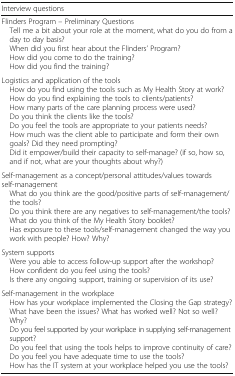
| Interview questions |
 | --- |
 | Flinders Program – Preliminary Questions Tell me a bit about your role at the moment, what do you do from a day to day basis? When did you first hear about the Flinders’ Program? How did you come to do the training? How did you find the training? |
 | Logistics and application of the tools How do you find using the tools such as My Health Story at work? How do you find explaining the tools to clients/patients? How many parts of the care planning process were used? Do you think the clients like the tools? Do you feel the tools are appropriate to your patients needs? How much was the client able to participate and form their own goals? Did they need prompting? Did it empower/build their capacity to self-manage? (if so, how so, and if not, what are your thoughts about why?) |
 | Self-management as a concept/personal attitudes/values towards self-management What do you think are the good/positive parts of self-management/the tools? Do you think there are any negatives to self-management/the tools? What do you think of the My Health Story booklet? Has exposure to these tools/self-management changed the way you work with people? How? Why? |
 | System supports Were you able to access follow-up support after the workshop? How confident do you feel using the tools? Is there any ongoing support, training or supervision of its use? |
 | Self-management in the workplace How has your workplace implemented the Closing the Gap strategy? What have been the issues? What has worked well? Not so well? Why? Do you feel supported by your workplace in supplying self-management support? Do you feel that using the tools helps to improve continuity of care? Do you feel you have adequate time to use the tools? How has the IT system at your workplace helped you use the tools? |